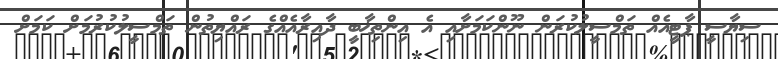
ސިޔާސީ ޕާޓީއެއް ތަމްސީލުކުރަން ނޫންކަމަށާއި އެ އިންތިޚާބީ ދާއިރާއެއްގެ ރައްޔިތުން ތަމްސީލުކުރުމަށް ކަމަށް